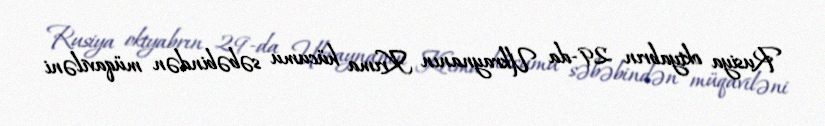
Rusiya oktyabrın 29-da Ukraynanın Krıma hücumu səbəbindən müqaviləni